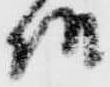
様